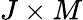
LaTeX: J\times M